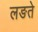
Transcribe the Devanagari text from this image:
लङते